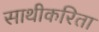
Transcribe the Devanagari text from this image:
साथीकरिता